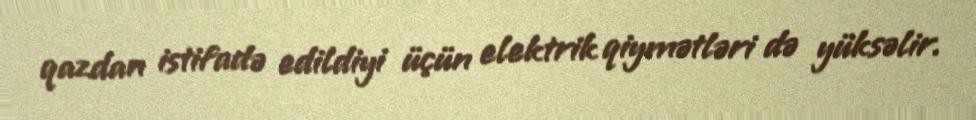
qazdan istifadə edildiyi üçün elektrik qiymətləri də yüksəlir.